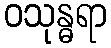
ဝသုန္ဓရာ